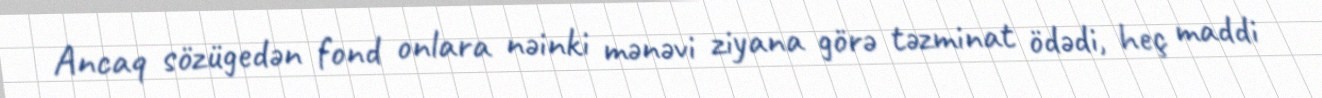
Ancaq sözügedən fond onlara nəinki mənəvi ziyana görə təzminat ödədi, heç maddi